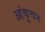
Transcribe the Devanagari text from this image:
आंकुचन